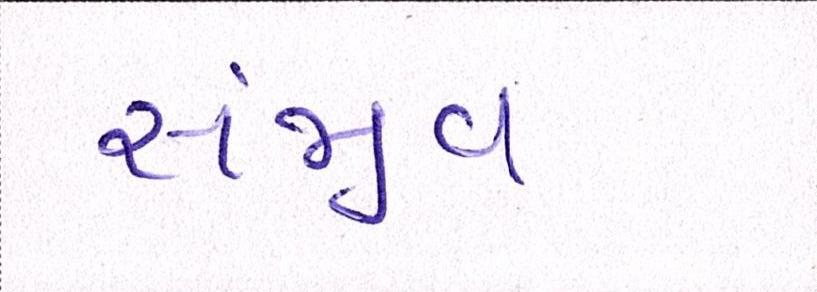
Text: સંજીવ